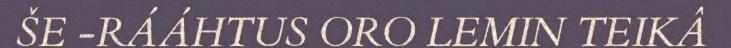
ŠE -RÁÁHTUS ORO LEMIN TEIKÂ